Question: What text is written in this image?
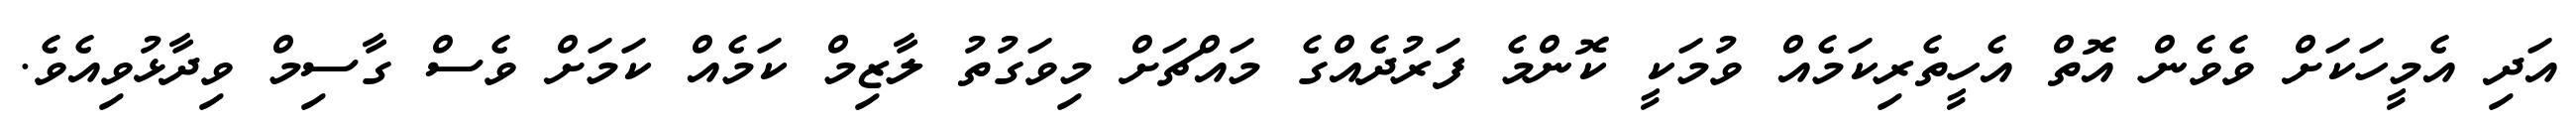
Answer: އަދި އެމީހަކަށް ވެވެން އޮތް އެހީތެރިކަމެއް ވުމަކީ ކޮންމެ ފަރުދެއްގެ މައްޗަށް މިވަގުތު ލާޒިމް ކަމެއް ކަމަށް ވެސް ގާސިމް ވިދާޅުވިއެވެ.